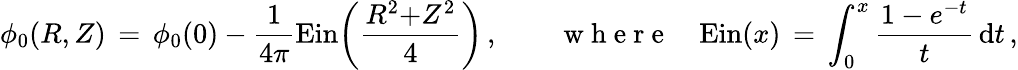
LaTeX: \phi_{0}(R,Z)\, =\, \phi_{0}(0)-\frac{1}{4\pi}\mathrm{Ein}\biggl(\frac{R^{2}{+}Z^{2}}{4}\biggr)\, ,\qquad\mathrm{~w~h~e~r~e~}\quad\mathrm{Ein}(x)\, =\, \int_{0}^{x}\frac{1-e^{-t}}{t}\, \mathrm{d}t\, ,